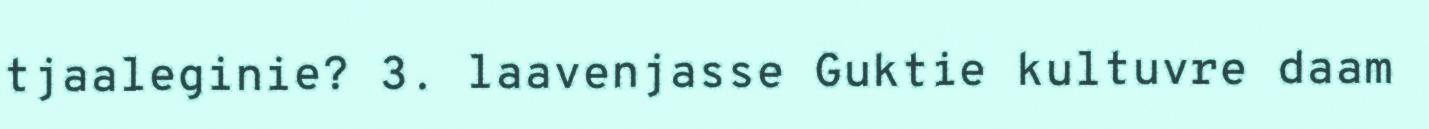
tjaaleginie? 3. laavenjasse Guktie kultuvre daam